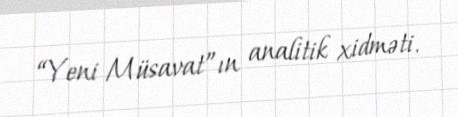
“Yeni Müsavat”ın analitik xidməti.